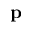
\mathbf { p }